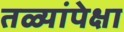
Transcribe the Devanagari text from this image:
तळ्यांपेक्षा